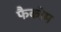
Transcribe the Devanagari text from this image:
फैकोम